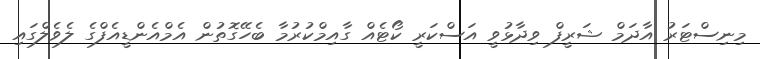
މިނިސްޓަރު އާދަމް ޝަރީފް ވިދާޅުވީ އަސްކަރީ ކޯޓެއް ގާއިމްކުރުމާ ބެހޭގޮތުން އެމްއެންޑީއެފްގެ ލެވެލްގައި